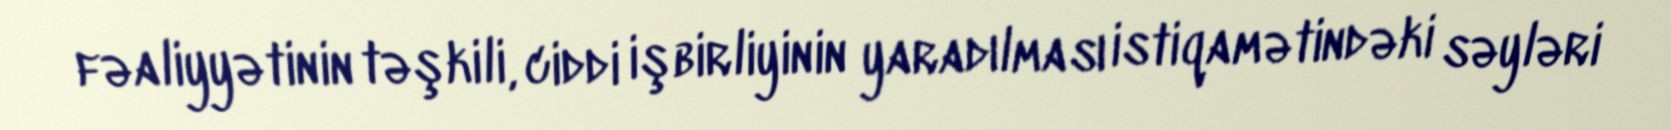
fəaliyyətinin təşkili, ciddi işbirliyinin yaradılması istiqamətindəki səyləri